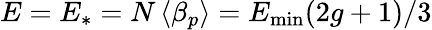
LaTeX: E=E_{*}=N\left<\beta_{p}\right>=E_{\mathrm{min}}(2g+1)/3